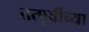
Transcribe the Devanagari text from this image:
तत्पूर्वीच्या